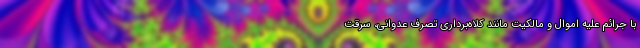
با جرائم علیه اموال و مالکیت مانند کلاه‌برداری تصرف عدوانی، سرقت